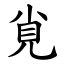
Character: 覍